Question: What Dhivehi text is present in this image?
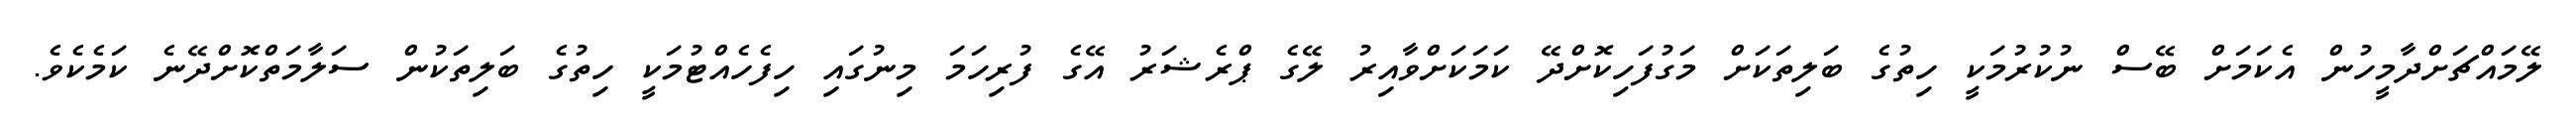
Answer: ލޭމައްޗަށްދާމީހުން އެކަމަށް ބޭސް ނުކުރުމަކީ ހިތުގެ ބަލިތަކަށް މަގުފަހިކޮށްދޭ ކަމަކަށްވާއިރު ލޭގެ ޕްރެޝަރު އޭގެ ފުރިހަމަ މިނުގައި ހިފެހެއްޓުމަކީ ހިތުގެ ބަލިތަކުން ސަލާމަތްކޮށްދޭނެ ކަމެކެވެ.